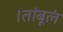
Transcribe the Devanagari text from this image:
।तांबूलं